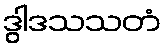
ဒွါဒသသတံ